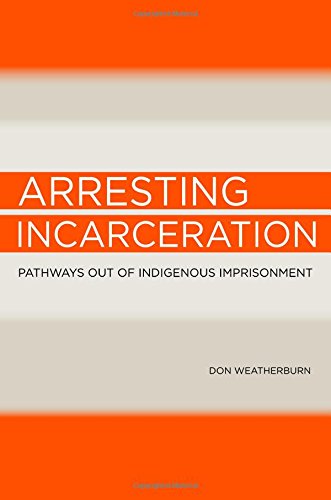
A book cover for Arresting Incarceration: Pathways Out of Indigenous Imprisonment; Don Weatherburn; Law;